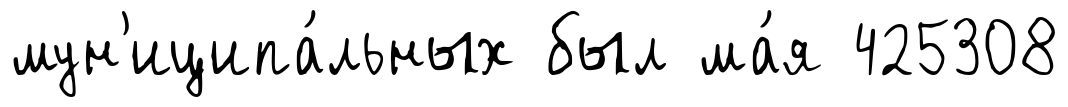
мун'иципа́льных был ма́я 425308